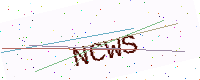
Text: NCWS